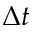
\Delta t